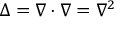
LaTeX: \Delta = \nabla \cdot \nabla = \nabla ^ { 2 }